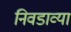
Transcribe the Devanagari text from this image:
निवडाव्या